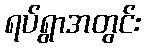
ရပ်ရွာအတွင်း